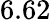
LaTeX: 6.62